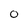
Character: 0